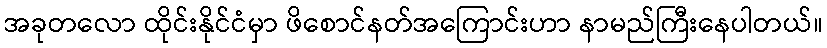
အခုတလော ထိုင်းနိုင်ငံမှာ ဖိစောင်နတ်အကြောင်းဟာ နာမည်ကြီးနေပါတယ်။